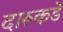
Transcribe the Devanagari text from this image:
दारूकडे